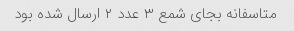
متاسفانه بجای شمع ٣ عدد ٢ ارسال شده بود